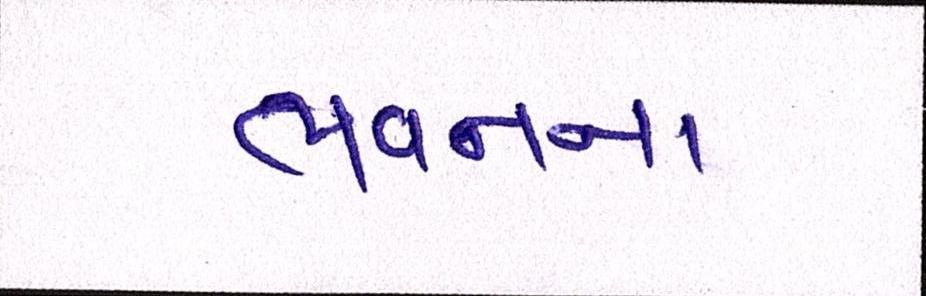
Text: ભવનના